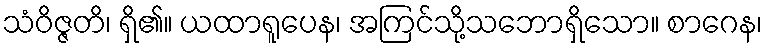
သံဝိဇ္ဇတိ၊ ရှိ၏။ ယထာရူပေန၊ အကြင်သို့သဘောရှိသော။ စာဂေန၊